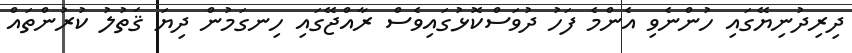
ދިރިދުނިޔޭގައި ހުންނެވި އެންމެ ފަހު ދުވަސްކޮޅުގައިވެސް ރާއްޖޭގައި ހިނގަމުން ދިޔަ ޤަތުލު ކުރުންތައް